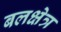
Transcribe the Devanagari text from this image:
बलक्षेत्र